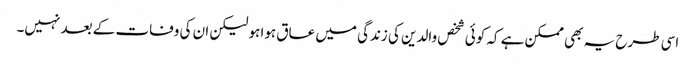
اسی طرح یہ بھی ممکن ہے کہ کوئی شخص والدین کی زندگی میں عاق ہوا ہو لیکن ان کی وفات کے بعد نہیں۔